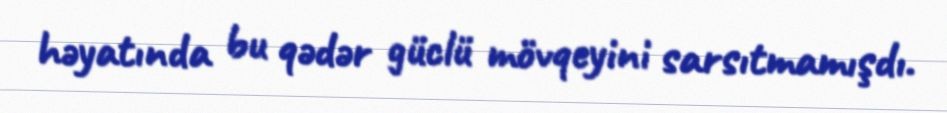
həyatında bu qədər güclü mövqeyini sarsıtmamışdı.